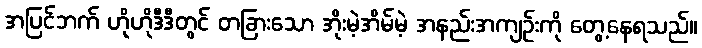
အပြင်ဘက် ဟိုဟိုဒီဒီတွင် တခြားသော အိုးမဲ့အိမ်မဲ့ အနည်းအကျဉ်းကို တွေ့နေရသည်။